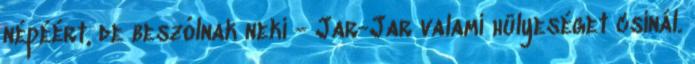
népéért, de beszólnak neki - Jar-Jar valami hülyeséget csinál.